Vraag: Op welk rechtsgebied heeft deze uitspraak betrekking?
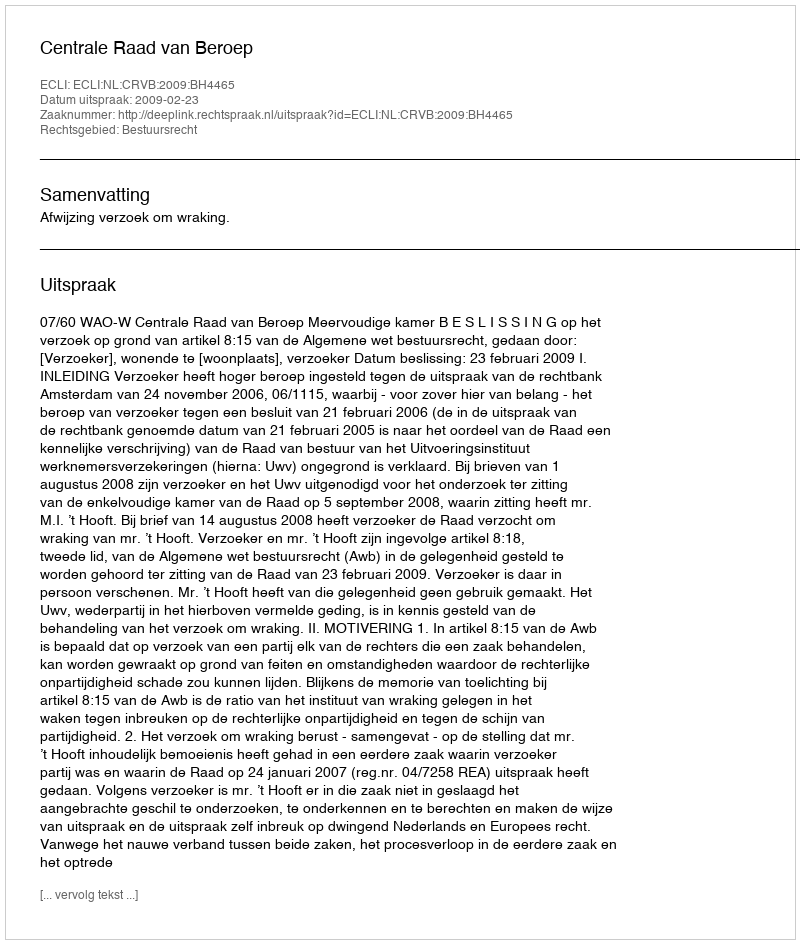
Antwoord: Bestuursrecht